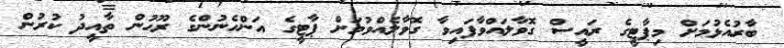
ބާރުއެޅުމަށް މިޕާޓީގެ ރައީސް ގޮވާލައްވާފައިވާ ގޮވާލެއްވުމަށް ޕާޓީގެ އަންހެނުންގެ ރޫޙުން ތާއީދު ކުރުން